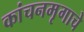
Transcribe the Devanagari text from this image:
कांचनमृगाचे